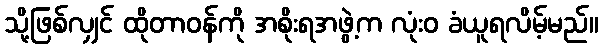
သို့ဖြစ်လျှင် ထိုတာဝန်ကို အစိုးရအဖွဲ့က လုံးဝ ခံယူရလိမ့်မည်။